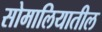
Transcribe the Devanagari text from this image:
सोमालियातील